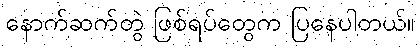
နောက်ဆက်တွဲ ဖြစ်ရပ်တွေက ပြနေပါတယ်။